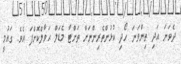
ދެވަނަ އަދި ތިންވަނަ ހޯދި ކުޅުންތެރިންނަށް ތަށްޓާ މެޑަލް ޙަވާލްކޮށްފަ އެވެ. ގައުމީ